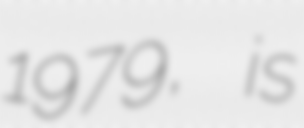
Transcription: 1979, is